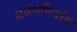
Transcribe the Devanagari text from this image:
संबंधनिर्वाह